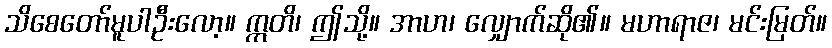
သိစေတော်မူပါဦးလော့။ ဣတိ၊ ဤသို့။ အာဟ၊ လျှောက်ဆို၏။ မဟာရာဇ၊ မင်းမြတ်။